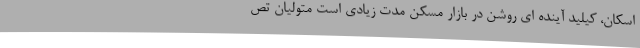
اسکان، کیلید آینده ای روشن در بازار مسکن مدت زیادی است متولیان تص